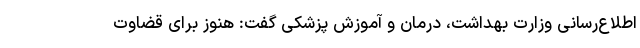
اطلاع‌رسانی وزارت بهداشت، درمان و آموزش پزشکی گفت: هنوز برای قضاوت